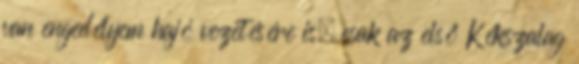
van engedélyem hajó vezetésére is, csak az első Kékszalag